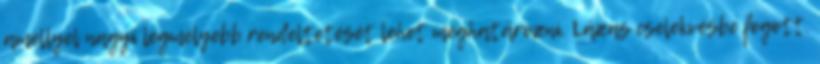
amellyel nagyi legmélyebb rendeltetését lehet meghatározni. Lázas cselekvésbe fogott.